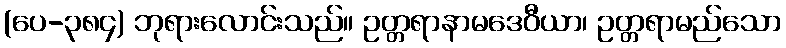
(ပေ-၃၈၄) ဘုရားလောင်းသည်။ ဥတ္တရာနာမဒေဝီယာ၊ ဥတ္တရာမည်သော